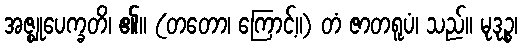
အဇ္ဈုပေက္ခတိ၊ ၏။ (တတော၊ ကြောင့်။) တံ ဇာတရူပံ၊ သည်။ မုဒုဉ္စ၊